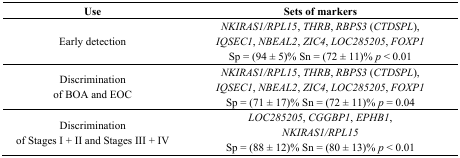
<table><thead><tr><td><b>Use</b></td><td><b>Sets of markers</b></td></tr></thead><tbody><tr><td>Early detection</td><td><i>NKIRAS1/RPL15</i>, <i>THRB</i>, <i>RBPS3</i> (<i>CTDSPL</i>), <i>IQSEC1</i>, <i>NBEAL2</i>, <i>ZIC4</i>, <i>LOC285205</i>, <i>FOXP1</i> Sp = (94 ± 5)% Sn = (72 ± 11)% <i>p</i> &lt; 0.01</td></tr><tr><td>Discrimination of BOA and EOC</td><td><i>NKIRAS1/RPL15</i>, <i>THRB</i>, <i>RBPS3</i> (<i>CTDSPL</i>), <i>IQSEC1</i>, <i>NBEAL2</i>, <i>ZIC4</i>, <i>LOC285205</i>, <i>FOXP1</i> Sp = (71 ± 17)% Sn = (72 ± 11)% <i>p</i> = 0.04</td></tr><tr><td>Discrimination of Stages I + II and Stages III + IV</td><td><i>LOC285205</i>, <i>CGGBP1</i>, <i>EPHB1</i>, <i>NKIRAS1/RPL15</i> Sp = (88 ± 12)% Sn = (80 ± 13)% <i>p</i> &lt; 0.01</td></tr></tbody></table>